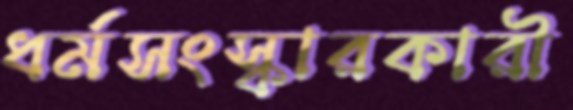
ধর্মসংস্কারকারী